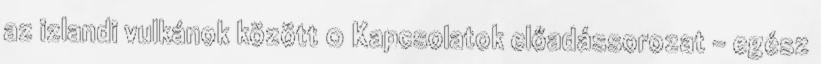
az izlandi vulkánok között 0 Kapcsolatok előadássorozat – egész